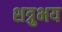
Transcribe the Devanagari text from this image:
शत्रुभय